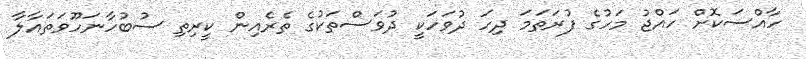
ހާއްސަކޮށް ހައްޖު މަހުގެ ފުރަތަމަ ދިހަ ދުވަހަކީ ދުވަސްތަކުގެ ތެރެއިން ކީރިތި ސުބުހާނަހޫވަތައާލާ